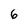
Character: 6